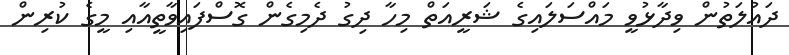
ދައުލަތުން ވިދާޅުވީ މައްސަލައިގެ ޝަރީއަތް މިހާ ދިގު ދެމިގެން ގޮސްފައިވާތީއާއި މީގެ ކުރިން